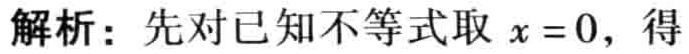
解析：先对已知不等式取 \(x = 0\)，得